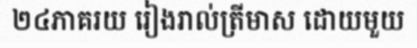
២៤ភាគរយ រៀងរាល់ត្រីមាស ដោយមួយ